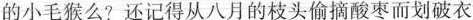
的小毛猴么?还记得从八月的枝头偷摘酸枣而划破衣